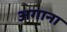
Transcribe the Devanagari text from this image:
अगाना